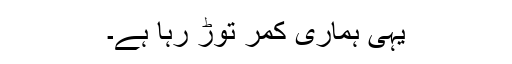
یہی ہماری کمر توڑ رہا ہے۔